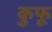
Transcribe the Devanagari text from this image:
कुफू